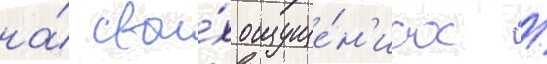
на́ свои́х ощуще́н'иах /